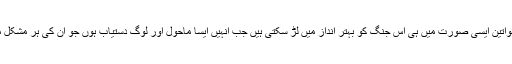
بریسٹ کینسر کا مقابلہ کر رہی خواتین ایسی صورت میں ہی اس جنگ کو بہتر انداز میں لڑ سکتی ہیں جب انہیں ایسا ماحول اور لوگ دستیاب ہوں جو ان کی ہر مشکل میں مدد کرنے کے لیے تیار ہوں۔